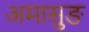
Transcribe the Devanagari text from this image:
अमासुङ